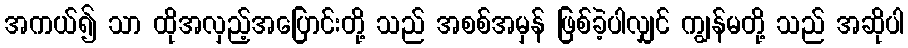
အကယ်၍ သာ ထိုအလှည့်အပြောင်းတို့ သည် အစစ်အမှန် ဖြစ်ခဲ့ပါလျှင် ကျွန်မတို့ သည် အဆိုပါ